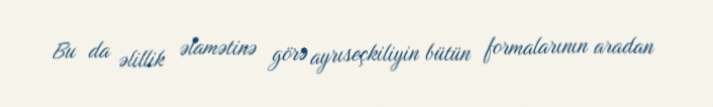
Bu da əlillik əlamətinə görə ayrıseçkiliyin bütün formalarının aradan